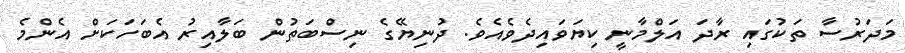
މަދަރުސާ ތަކުގައި ރާދަ އަލްމާނީ ކިޔަވައިދެވެއެވެ. ދުނިޔޭގެ ނިސްބަތުން ބަލާއިރު އެބަހަކަށް އެންމެ